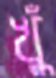
খুঁ